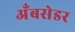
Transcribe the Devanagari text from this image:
अँबसेडर